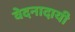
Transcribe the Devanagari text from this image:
वेदनादायी